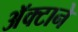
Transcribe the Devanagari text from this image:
अॅक्टाने